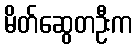
မိတ်ဆွေတဦးက